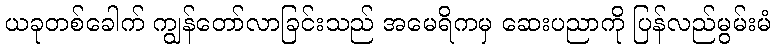
ယခုတစ်ခေါက် ကျွန်တော်လာခြင်းသည် အမေရိကမှ ဆေးပညာကို ပြန်လည်မွမ်းမံ